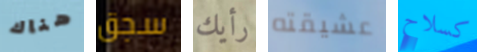
هناك سجق رأيك عشيقته كسلاح